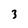
Character: 3